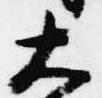
大